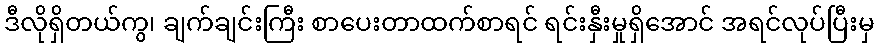
ဒီလိုရှိတယ်ကွ၊ ချက်ချင်းကြီး စာပေးတာထက်စာရင် ရင်းနှီးမှုရှိအောင် အရင်လုပ်ပြီးမှ